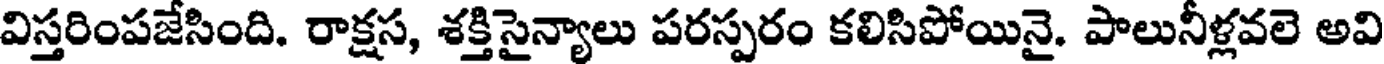
విస్తరింపజేసింది. రాక్షస, శక్తిసైన్యాలు పరస్పరం కలిసిపోయినై. పాలునీళ్లవలె అవి